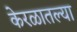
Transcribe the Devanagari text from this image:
केरळातल्या